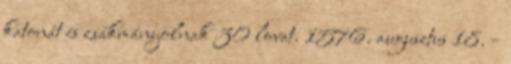
katonát és zsákmányolnak 30 lovat. 1576. augusztus 18. –